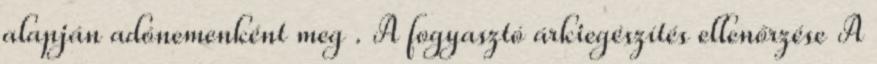
alapján adónemenként meg . A fogyasztó árkiegészítés ellenőrzése A